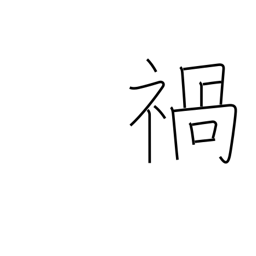
Meaning: calamity